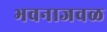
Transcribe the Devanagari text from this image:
भवनाजवळ